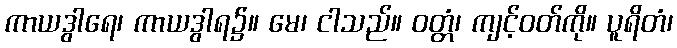
ကာယဒွါရေ၊ ကာယဒွါရ၌။ မေ၊ ငါသည်။ ဝတ္တံ၊ ကျင့်ဝတ်ကို။ ပူရိတံ၊